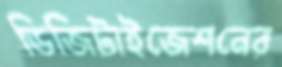
ডিজিটাইজেশনের